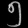
Digit: ၅